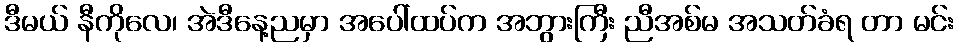
ဒီမယ် နီကိုလေ၊ အဲဒီနေ့ညမှာ အပေါ်ထပ်က အဘွားကြီး ညီအစ်မ အသတ်ခံရ တာ မင်း